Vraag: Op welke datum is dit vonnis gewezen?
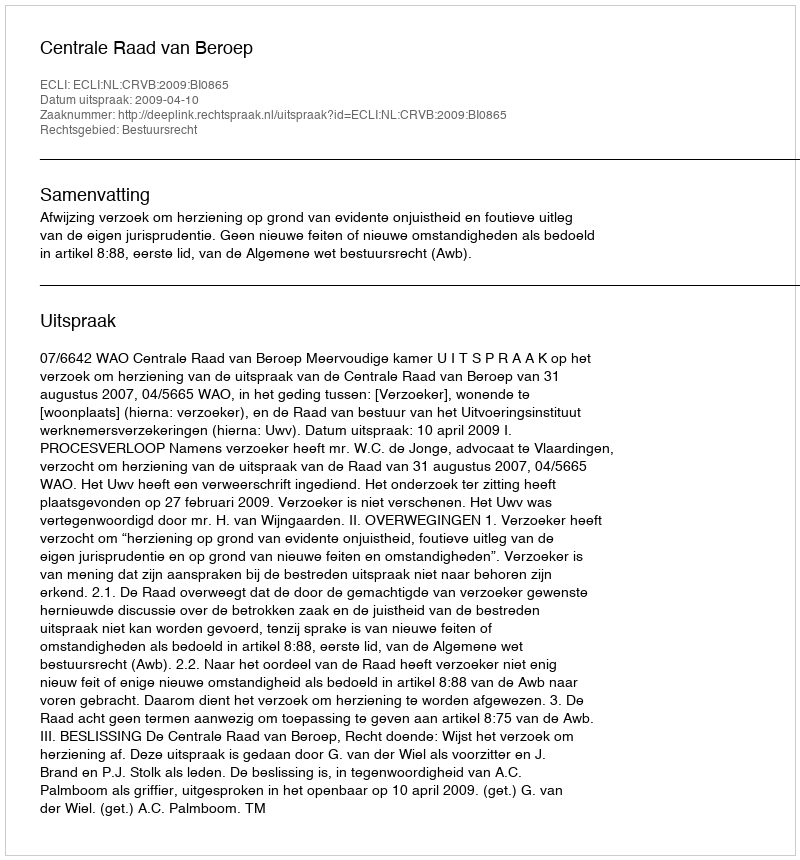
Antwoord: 2009-04-10